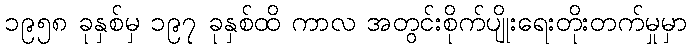
၁၉၅၈ ခုနှစ်မှ ၁၉၇ ခုနှစ်ထိ ကာလ အတွင်းစိုက်ပျိုးရေးတိုးတက်မှုမှာ